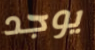
يوجد